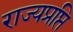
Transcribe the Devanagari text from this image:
राज्यप्रप्ति